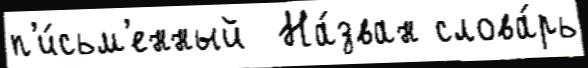
п'и́сьм'енный  На́зван слова́рь